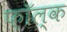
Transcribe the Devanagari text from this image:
फ़ॉल्क